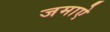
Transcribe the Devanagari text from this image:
जमाऐ